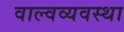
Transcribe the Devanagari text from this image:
वाल्वव्यवस्था